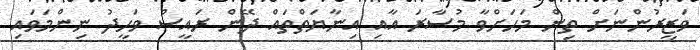
ވަޒީރުންނަށް ތިން މަހަށްވާ މުސާރަ އާއި އިނާޔަތްތައް ދޭން ރައީސް ވަހީދު ނިންމަވައި